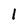
Character: 1